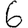
Digit: 6